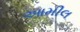
આમીલ